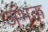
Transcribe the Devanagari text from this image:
जंभक